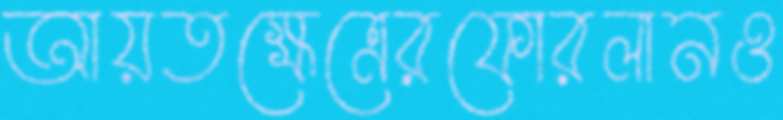
আয়তক্ষেত্রেরফোরলানও